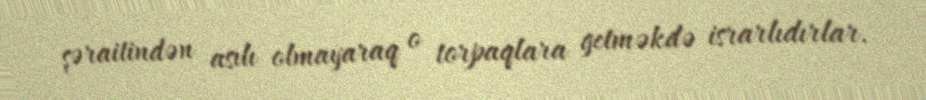
şəraitindən asılı olmayaraq o torpaqlara getməkdə israrlıdırlar.